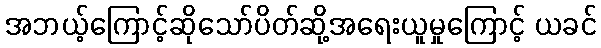
အဘယ့်ကြောင့်ဆိုသော်ပိတ်ဆို့အရေးယူမှုကြောင့် ယခင်